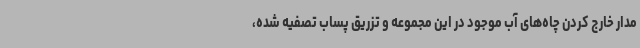
مدار خارج کردن چاه‌های آب موجود در این مجموعه و تزریق پساب تصفیه شده،